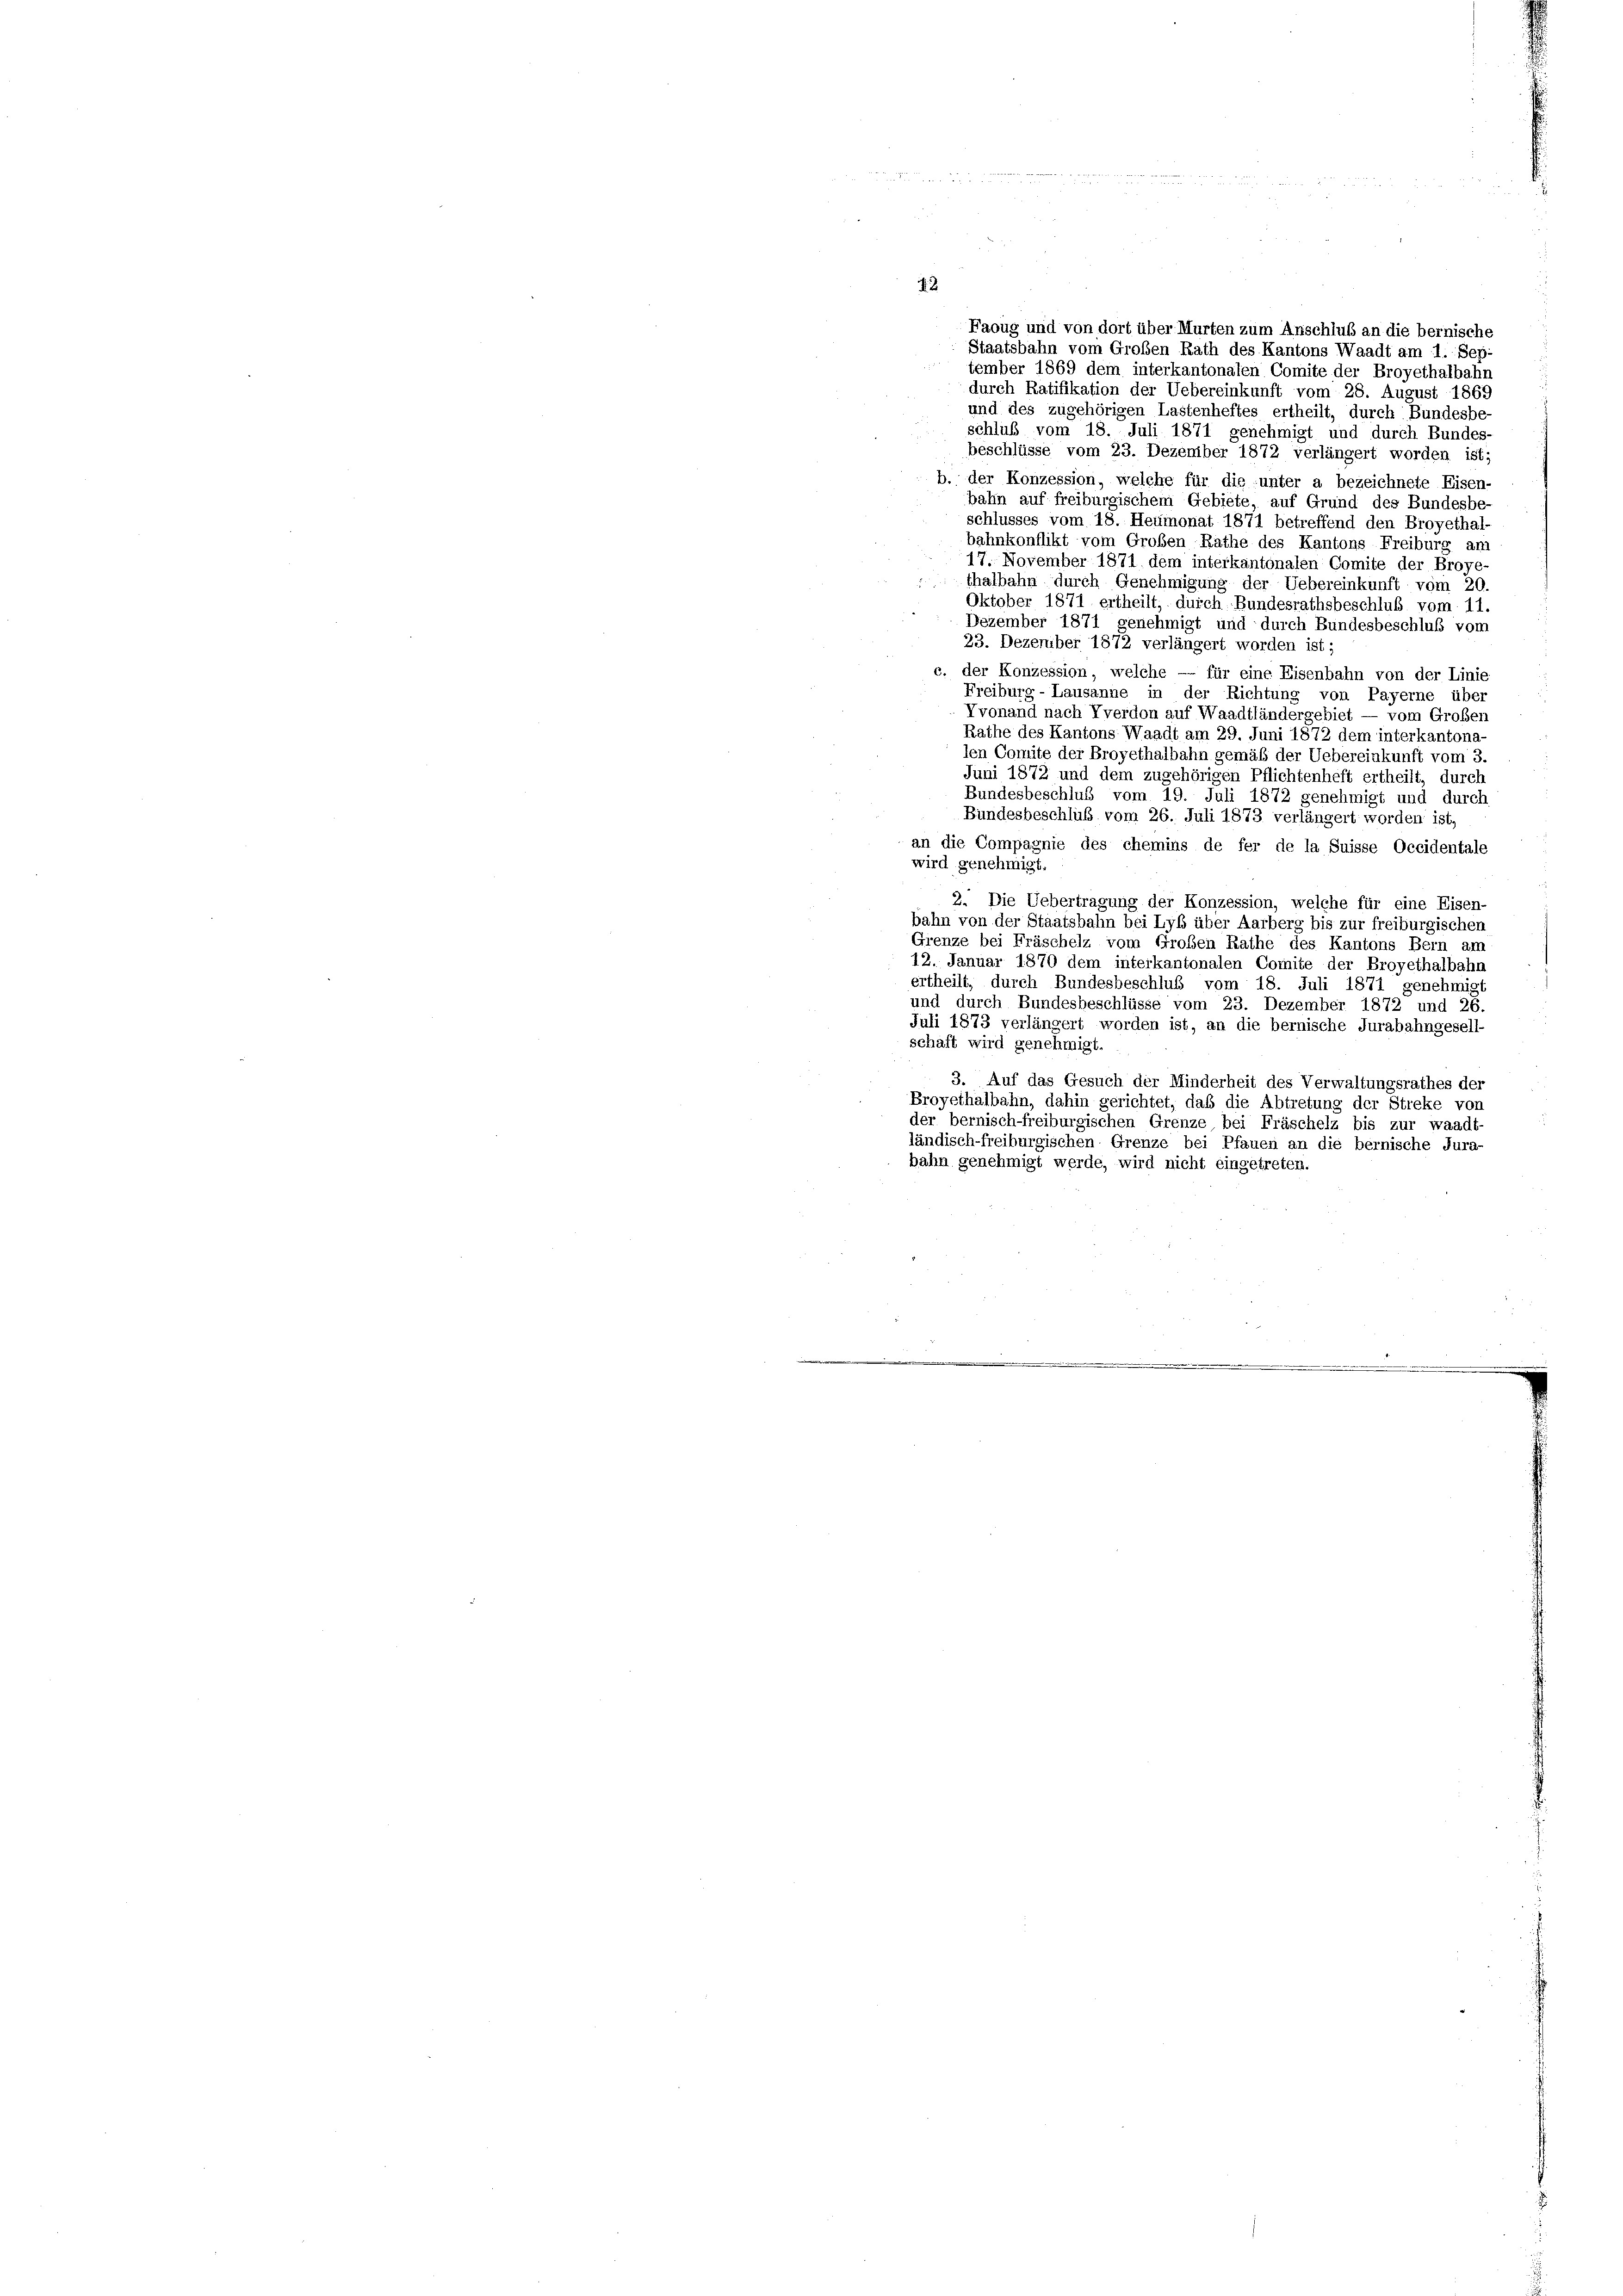
Faoug und von dort über Murten zum Anschluß an die bernische
Staatsbahn vom Großen Rath des Kantons Waadt am 1. Sep.
tember 1869 dem interkantonalen Comite der Broyethalbahn
durch Ratifikation der Uebereinkunft vom 28. August 1869
und des zugehörigen Lastenheftes ertheilt, durch Bundesbe-
schluß vom 18. Juli 1871 genehmigt und durch Bundes-
beschlüsse vom 23. Dezember 1872 verlängert worden ist;
b. der Konzession, welche für die unter a bezeichnete Eisen-
bahn auf freiburgischem Gebiete, auf Grund des Bundesbe-
schlusses vom 18. Heumonat 1871 betreffend den Broyethal-
bahnkonflikt vom Großen Rathe des Kantons Freiburg am
17. November 1871 dem interkantonalen Comite der Broye-
thalbahn durch Genehmigung der Uebereinkunft vom 20
Oktober 1871 ertheilt, durch Bundesrathsbeschluß vom 11.
Dezember 1871 genehmigt und durch Bundesbeschluß vom
23. Dezember 1872 verlängert worden ist;
c. der Konzession, welche — für eine Eisenbahn von der Linie
Freiburg-Lausanne in der Richtung von Payerne über
Vvonand nach Vverdon auf Waadtländergebiet — vom Großen
Rathe des Kantons Waadt am 29. Juni 1872 dem interkantona-
len Comite der Broyethalbahn gemäß der Uebereinkunft vom 3.
Juni 1872 und dem zugehörigen Pflichtenheft ertheilt, durch
Bundesbeschluß vom 19. Juli 1872 genehmigt und durch
Bundesbeschluß vom 26. Juli 1873 verlängert worden ist,
an die Compagnie des chemins de fer de la Suisse Occidentale
wird genehmigt.
2. Die Uebertragung der Konzession, welche für eine Eisen-
bahn von der Staatsbahn bei Lyb über Aarberg bis zur freiburgischen
Grenze bei Fräschelz vom Großen Rathe des Kantons Bern am
12. Januar 1870 dem interkantonalen Comite der Broyethalbahn
ertheilt, durch Bundesbeschluß vom 18. Juli 1871 genehmigt
und durch Bundesbeschlüsse vom 23. Dezember 1872 und 26
Juli 1873 verlängert worden ist, an die bernische Jurabahngesell-
schaft wird genehmigt.
3. Auf das Gesuch der Minderheit des Verwaltungsrathes der
Broyethalbahn, dahin gerichtet, daß die Abtretung der Streke von
der bernisch-freiburgischen Grenze bei Fräschelz bis zur waadt-
ländisch-freiburgischen Grenze bei Pfauen an die bernische Jura-
bahn genehmigt werde, wird nicht eingetreten.

42